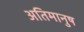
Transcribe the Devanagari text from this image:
अतिमानुष